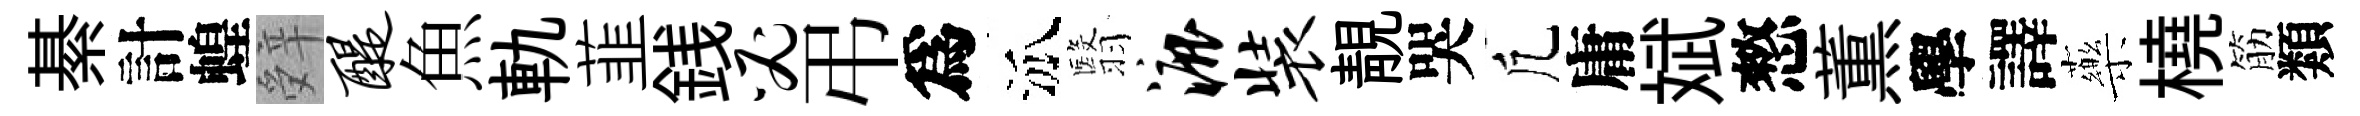
綦計蝗辤醍魚軌韮銭必弔爲泒翳漉装靚哭凢庸斌憗薫學譯藥橈筋類